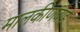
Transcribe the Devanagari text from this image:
मालकीणबाई